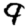
Digit: 9